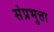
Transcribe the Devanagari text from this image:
संप्रभुत्ता